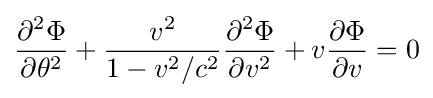
{\frac {\partial ^{2}\Phi }{\partial \theta ^{2}}}+{\frac {v^{2}}{1-v^{2}/c^{2}}}{\frac {\partial ^{2}\Phi }{\partial v^{2}}}+v{\frac {\partial \Phi }{\partial v}}=0